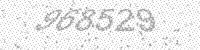
Solution: 968529